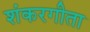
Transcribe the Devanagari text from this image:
शंकरगीता